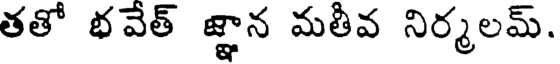
తతో భవేత్ జ్ఞాన మతీవ నిర్మలమ్.